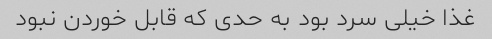
غذا خیلی سرد بود به حدی که قابل خوردن نبود